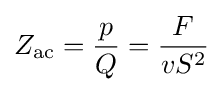
Z_{\text{ac}}={\frac {p}{Q}}={\frac {F}{vS^{2}}}